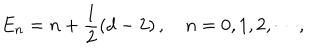
LaTeX: E _ { n } = n + \frac { 1 } { 2 } \left( d - 2 \right) , \quad n = 0 , 1 , 2 , \cdots ,